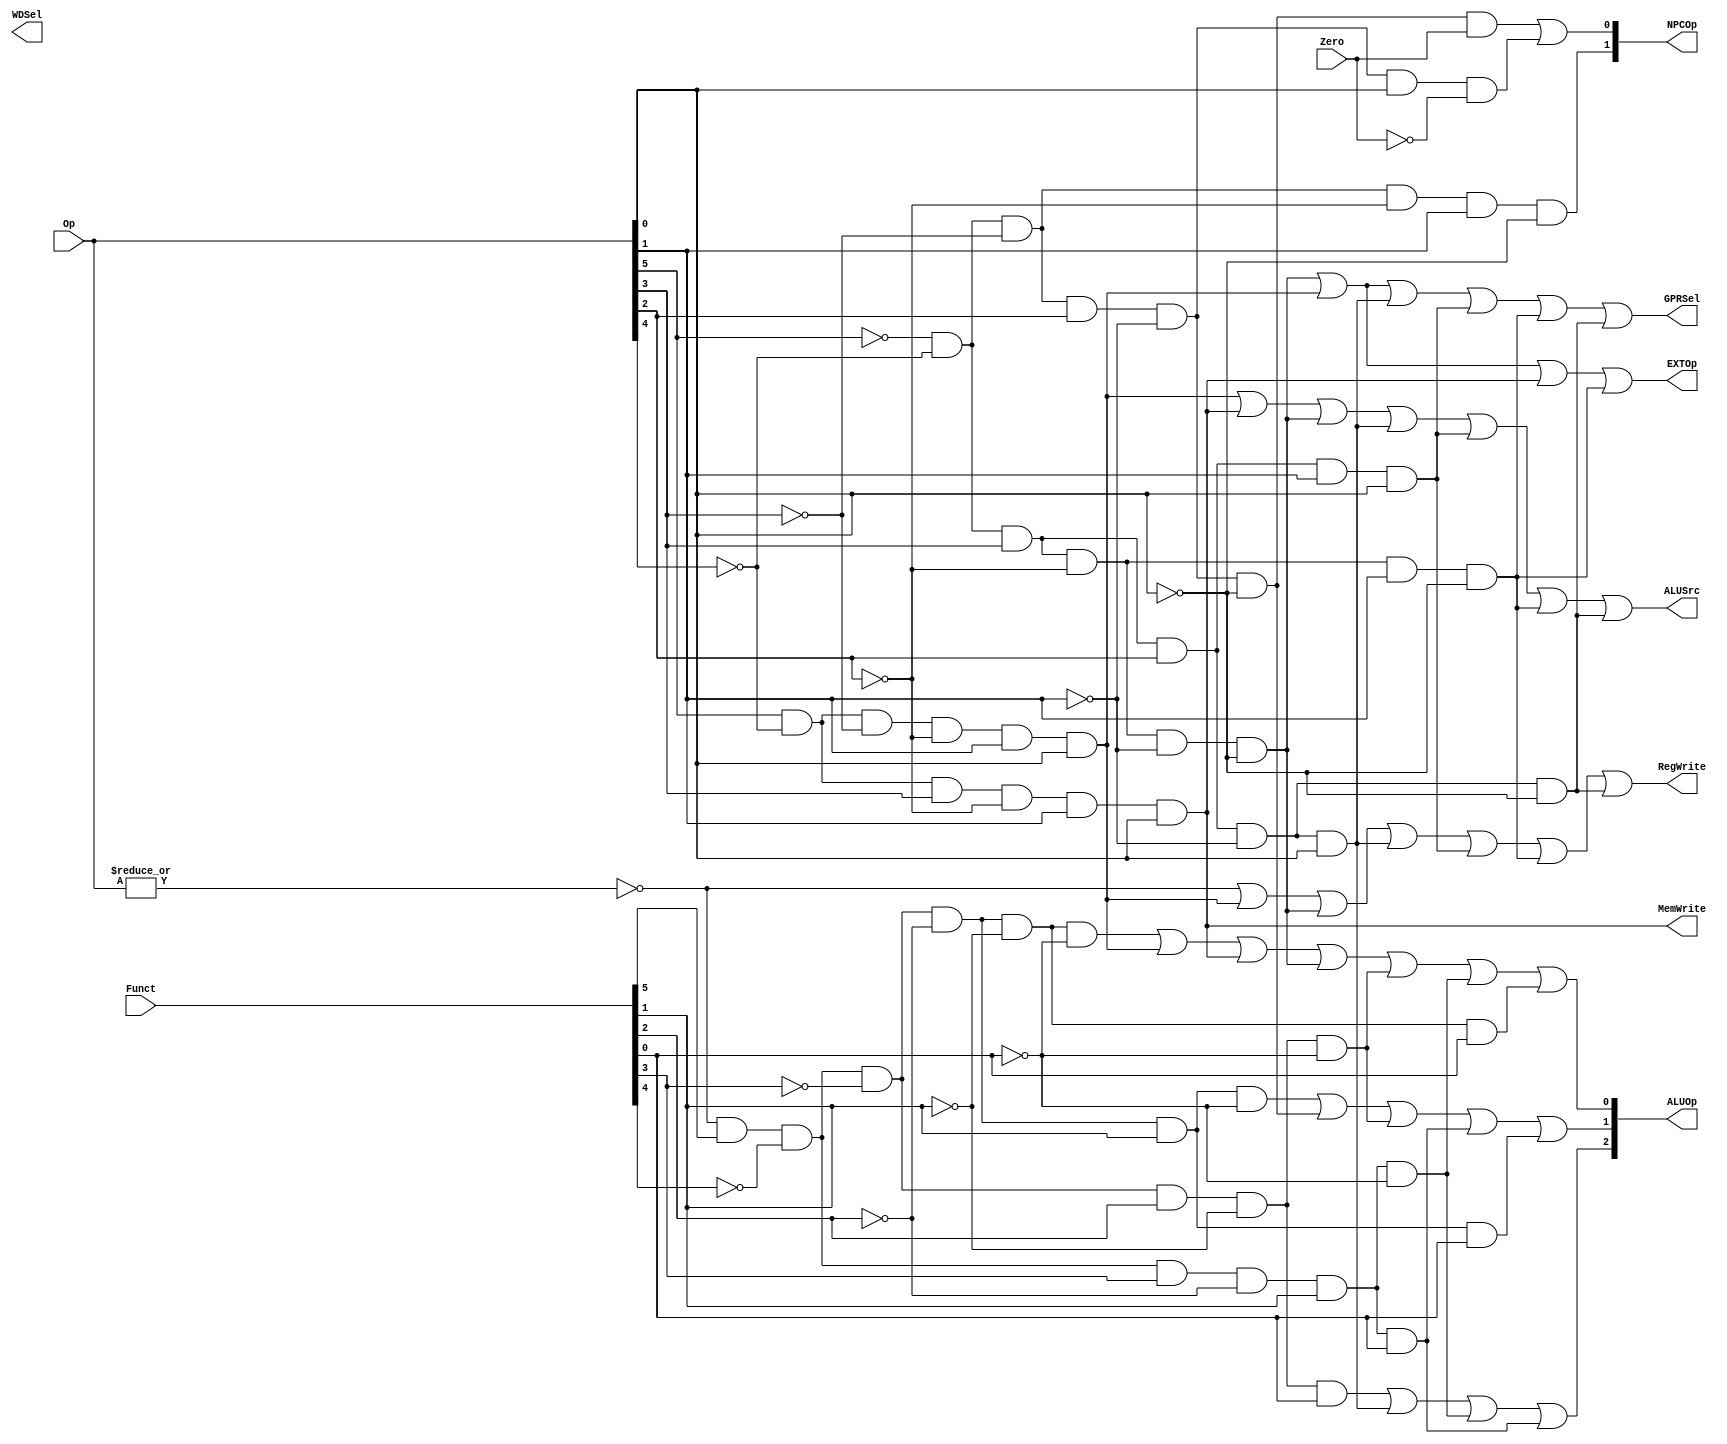
module ctrl(Op, Funct, Zero, 
            RegWrite, MemWrite,
            EXTOp, ALUOp, NPCOp, 
            ALUSrc, GPRSel, WDSel
            );
            
   input  [5:0] Op;       // opcode
   input  [5:0] Funct;    // funct
   input        Zero;
   
   output       RegWrite; // control signal for register write
   output       MemWrite; // control signal for memory write
   output       EXTOp;    // control signal to signed extension
   output [2:0] ALUOp;    // ALU opertion
   output [1:0] NPCOp;    // next pc operation
   output       ALUSrc;   // ALU source for A

  output GPRSel;   // general purpose register selection
  output WDSel;    // (register) write data selection
   
  // r format, 若执行的是该条指令则对应的wire信号为1
   wire rtype  = ~|Op;
   wire i_add  = rtype& Funct[5]&~Funct[4]&~Funct[3]&~Funct[2]&~Funct[1]&~Funct[0]; // add
   wire i_sub  = rtype& Funct[5]&~Funct[4]&~Funct[3]&~Funct[2]& Funct[1]&~Funct[0]; // sub
   wire i_and  = rtype& Funct[5]&~Funct[4]&~Funct[3]& Funct[2]&~Funct[1]&~Funct[0]; // and
   wire i_or   = rtype& Funct[5]&~Funct[4]&~Funct[3]& Funct[2]&~Funct[1]& Funct[0]; // or
   wire i_slt  = rtype& Funct[5]&~Funct[4]& Funct[3]&~Funct[2]& Funct[1]&~Funct[0]; // slt
   wire i_sltu = rtype& Funct[5]&~Funct[4]& Funct[3]&~Funct[2]& Funct[1]& Funct[0]; // sltu
   wire i_addu = rtype& Funct[5]&~Funct[4]&~Funct[3]&~Funct[2]&~Funct[1]& Funct[0]; // addu
   wire i_subu = rtype& Funct[5]&~Funct[4]&~Funct[3]&~Funct[2]& Funct[1]& Funct[0]; // subu

   // modified begin: 
   wire i_sll   = rtype&~Funct[5]&~Funct[4]&~Funct[3]&~Funct[2]&~Funct[1]&~Funct[0]; // sll funct:000000
   wire i_nor   = rtype& Funct[5]&~Funct[4]&~Funct[3]& Funct[2]& Funct[1]&Funct[0]; // nor funct:100111
   wire i_srl   = rtype&~Funct[5]&~Funct[4]&~Funct[3]&~Funct[2]& Funct[1]&~Funct[0]; // nor funct:000010
   wire i_sllv  = rtype&~Funct[5]&~Funct[4]&~Funct[3]& Funct[2]&~Funct[1]&~Funct[0]; // sllv funct:000100
   wire i_slrv  = rtype&~Funct[5]&~Funct[4]&~Funct[3]& Funct[2]& Funct[1]&~Funct[0]; // slrv funct:000110
   wire i_jr    = rtype&~Funct[5]&~Funct[4]& Funct[3]&~Funct[2]&~Funct[1]&~Funct[0]; // jr funct:001000
   wire i_jalr  = rtype&~Funct[5]&~Funct[4]& Funct[3]&~Funct[2]&~Funct[1]& Funct[0]; // slrv funct:001001
   // modified end

  // i format
   wire i_addi = ~Op[5]&~Op[4]& Op[3]&~Op[2]&~Op[1]&~Op[0]; // addi
   wire i_ori  = ~Op[5]&~Op[4]& Op[3]& Op[2]&~Op[1]& Op[0]; // ori
   wire i_lw   =  Op[5]&~Op[4]&~Op[3]&~Op[2]& Op[1]& Op[0]; // lw
   wire i_sw   =  Op[5]&~Op[4]& Op[3]&~Op[2]& Op[1]& Op[0]; // sw
   wire i_beq  = ~Op[5]&~Op[4]&~Op[3]& Op[2]&~Op[1]&~Op[0]; // beq

   // modified begin: 
   wire i_lui   = ~Op[5]&~Op[4]& Op[3]& Op[2]& Op[1]& Op[0]; // lui op: 001111 寄存器加载高位
   wire i_slti  = ~Op[5]&~Op[4]& Op[3]&~Op[2]& Op[1]&~Op[0]; // slti op: 001010 小于立即数置1
   wire i_bne   = ~Op[5]&~Op[4]&~Op[3]& Op[2]&~Op[1]& Op[0]; // bne op: 000101 不等时分支
   wire i_andi  = ~Op[5]&~Op[4]& Op[3]& Op[2]&~Op[1]&~Op[0]; // slti op: 001100 立即数与
   // modified end

  // j format
   wire i_j    = ~Op[5]&~Op[4]&~Op[3]&~Op[2]& Op[1]&~Op[0];  // j

  // generate control signals
  assign RegWrite   = rtype | i_lw | i_addi | i_ori | i_lui | i_slti | i_andi; // register write  
  
  assign MemWrite   = i_sw;                           // memory write
  assign ALUSrc     = i_lw | i_sw | i_addi | i_ori | i_lui | i_slti | i_andi;   // ALU B is from instruction immediate
  assign EXTOp      = i_addi | i_lw | i_sw | i_slti;           // signed extension, 0对于零扩展, 1对应符号扩展

  // 目的寄存器选择
  // GPRSel_RD   1'b0
  // GPRSel_RT   1'b1
  assign GPRSel = i_lw | i_addi | i_ori | i_lui | i_slti | i_andi;
  
  // 写入数据选择
  // WDSel_FromALU 2'b00
  // WDSel_FromMEM 2'b01
  // WDSel_FromPC  2'b10 
  // WDSel[1]   WDSel[0]  i_lw  i_lui i_slti
  //    0          0        0     0      1
  //    0          0        0     1      0
  //    0          1        1     0      0
  assign WDSel[0] = i_w;
  // assign WDSel[1] = i_lui;

  // PC来源选择 
  // NPC_PLUS4   2'b00
  // NPC_BRANCH  2'b01
  // NPC_JUMP    2'b10
  assign NPCOp[0] = (i_beq & Zero) | (i_bne & ~Zero);
  assign NPCOp[1] = i_j;
  
  // ALU_NOP   3'b000
  // ALU_ADD   3'b001
  // ALU_SUB   3'b010
  // ALU_AND   3'b011
  // ALU_OR    3'b100
  // ALU_SLT   3'b101
  // ALU_SLTU  3'b110
  assign ALUOp[0] = i_add | i_lw | i_sw | i_addi | i_and | i_slt | i_addu;
  assign ALUOp[1] = i_sub | i_beq | i_and | i_sltu | i_subu;
  assign ALUOp[2] = i_or | i_ori | i_slt | i_sltu;

endmodule